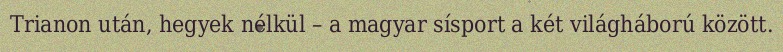
Trianon után, hegyek nélkül – a magyar sísport a két világháború között.